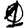
Digit: 1